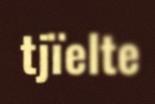
tjïelte